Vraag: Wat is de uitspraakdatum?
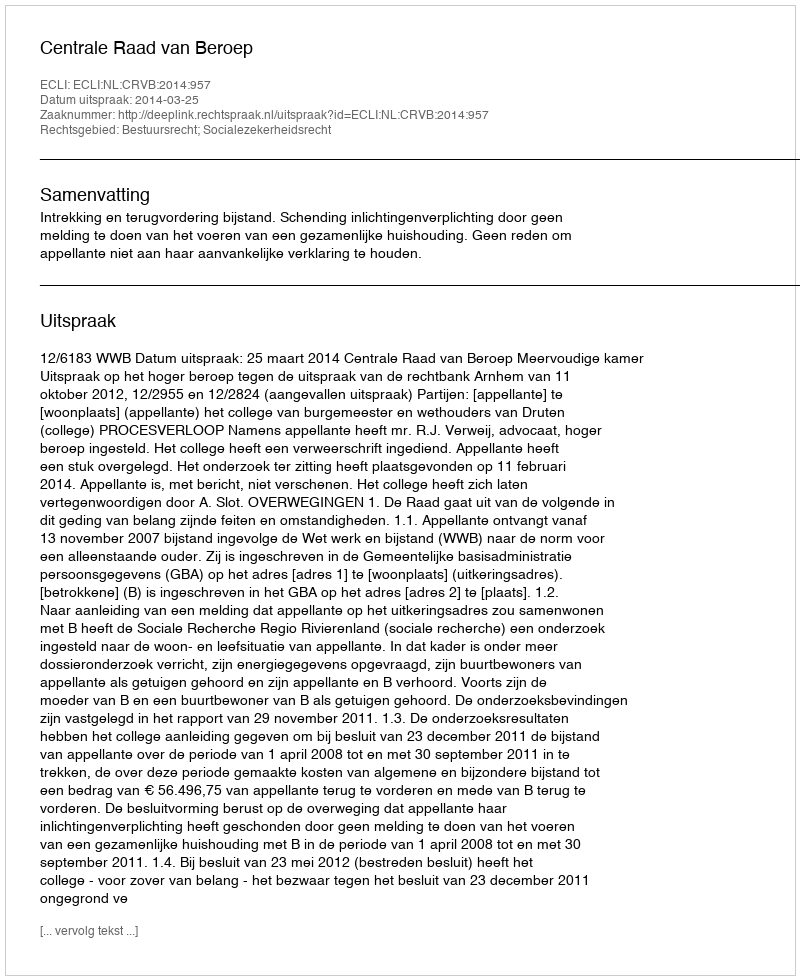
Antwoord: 2014-03-25